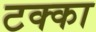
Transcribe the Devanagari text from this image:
टक्‍का